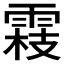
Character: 𬯾